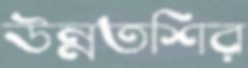
উন্নতশির